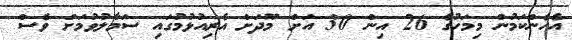
އެހެންކަމުން މިމަހުގެ 26 އިން 30 އަށް މޫދަށް އެރިއުޅުމުގައި ސަމާލުވުމަށް ވެސް